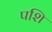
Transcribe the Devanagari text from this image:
पशि